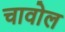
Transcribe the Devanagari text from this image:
चावोल